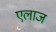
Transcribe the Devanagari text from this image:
एलाज